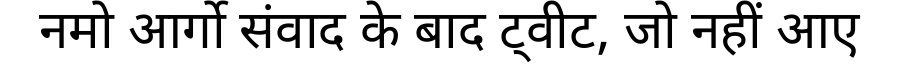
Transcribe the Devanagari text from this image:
नमो आर्गो संवाद के बाद ट्वीट, जो नहीं आए